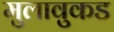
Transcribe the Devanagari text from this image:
मुलावुकड